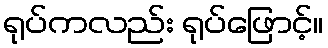
ရုပ်ကလည်း ရုပ်ဖြောင့်။